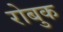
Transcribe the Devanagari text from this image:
रोबुक